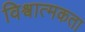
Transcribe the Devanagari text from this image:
विश्वात्मकता